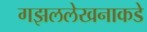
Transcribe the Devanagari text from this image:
गझललेखनाकडे